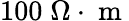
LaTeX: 100\; \Omega\cdot\mathrm{~m~}